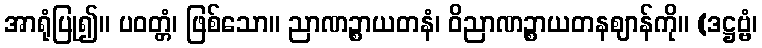
အာရုံပြု၍။ ပဝတ္တံ၊ ဖြစ်သော။ ညာဏဉ္စာယတနံ၊ ဝိညာဏဉ္စာယတနဈာန်ကို။ (ဒဋ္ဌဗ္ဗံ၊